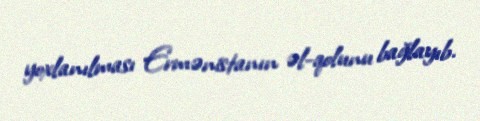
yoxlanılması Ermənistanın əl-qolunu bağlayıb.